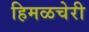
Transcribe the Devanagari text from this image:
हिमळचेरी